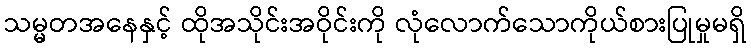
သမ္မတအနေနှင့် ထိုအသိုင်းအဝိုင်းကို လုံလောက်သောကိုယ်စားပြုမှုမရှိ